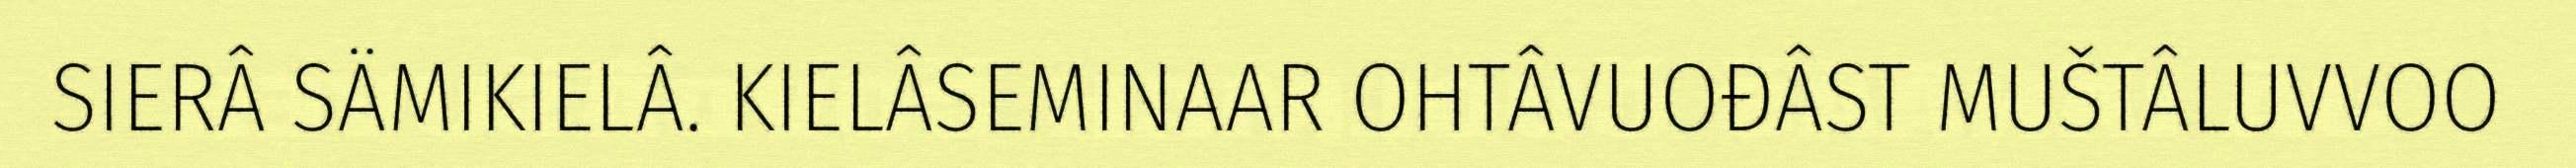
SIERÂ SÄMIKIELÂ. KIELÂSEMINAAR OHTÂVUOĐÂST MUŠTÂLUVVOO